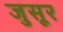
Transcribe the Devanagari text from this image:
जुसूर